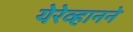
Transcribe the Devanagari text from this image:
येरेव्हानने